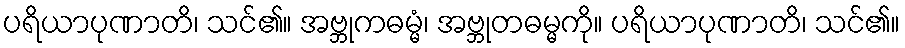
ပရိယာပုဏာတိ၊ သင်၏။ အဗ္ဘုကဓမ္မံ၊ အဗ္ဘုတဓမ္မကို။ ပရိယာပုဏာတိ၊ သင်၏။